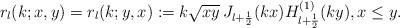
LaTeX: \begin{align*}r_l(k;x,y)=r_l(k;y,x):= k\sqrt{xy}\,J_{l+\frac{1}{2}}(kx) H_{l+\frac{1}{2}}^{(1)}(ky),x\le y.\end{align*}